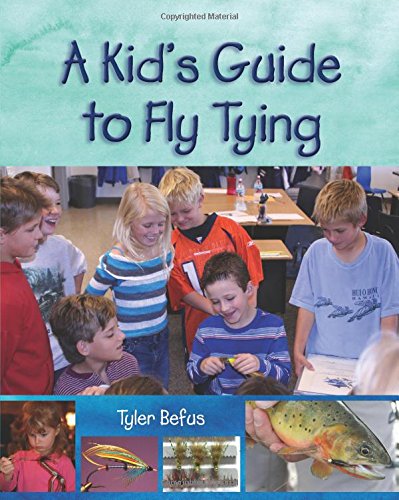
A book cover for A Kid's Guide to Fly Tying; Tyler Befus; Children's Books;